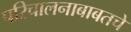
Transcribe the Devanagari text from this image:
परिचालनाबाबतचे